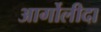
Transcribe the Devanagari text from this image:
आर्गोलीदा